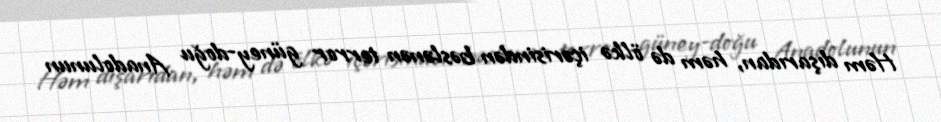
Həm dışarıdan, həm də ölkə içərisindən bəslənən terror güney-doğu Anadolunun